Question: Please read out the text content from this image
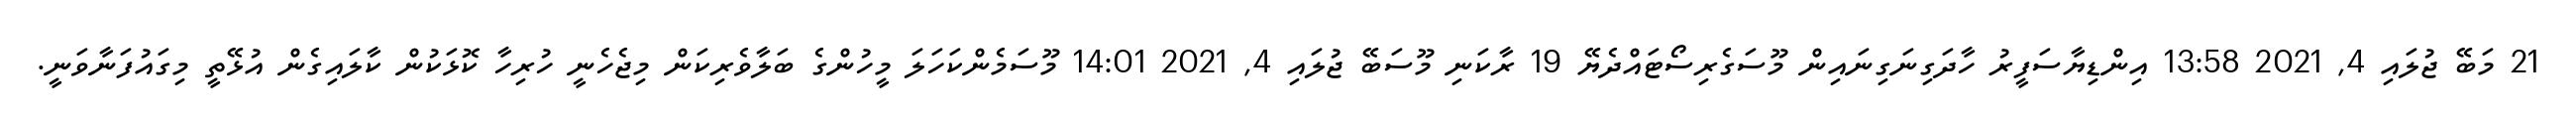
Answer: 21 މަބޭ ޖުލައި 4, 2021 13:58 އިންޑިޔާސަފީރު ހާދަގިނަގިނައިން މޫސަގެރިސޯޓައްދެޔޭ 19 ރާކަނި މޫސަބޭ ޖުލައި 4, 2021 14:01 މޫސަމެންކަހަލަ މީހުންގެ ބަލާވެރިކަން މިޖެހެނީ ހުރިހާ ކޮޅަކުން ކާލައިގެން އުޅޭތީ މިގައުފަނާވަނީ.